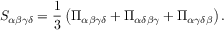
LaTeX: S _ { \alpha \beta \gamma \delta } = \frac { 1 } { 3 } \left( \Pi _ { \alpha \beta \gamma \delta } + \Pi _ { \alpha \delta \beta \gamma } + \Pi _ { \alpha \gamma \delta \beta } \right) .